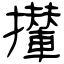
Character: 攆